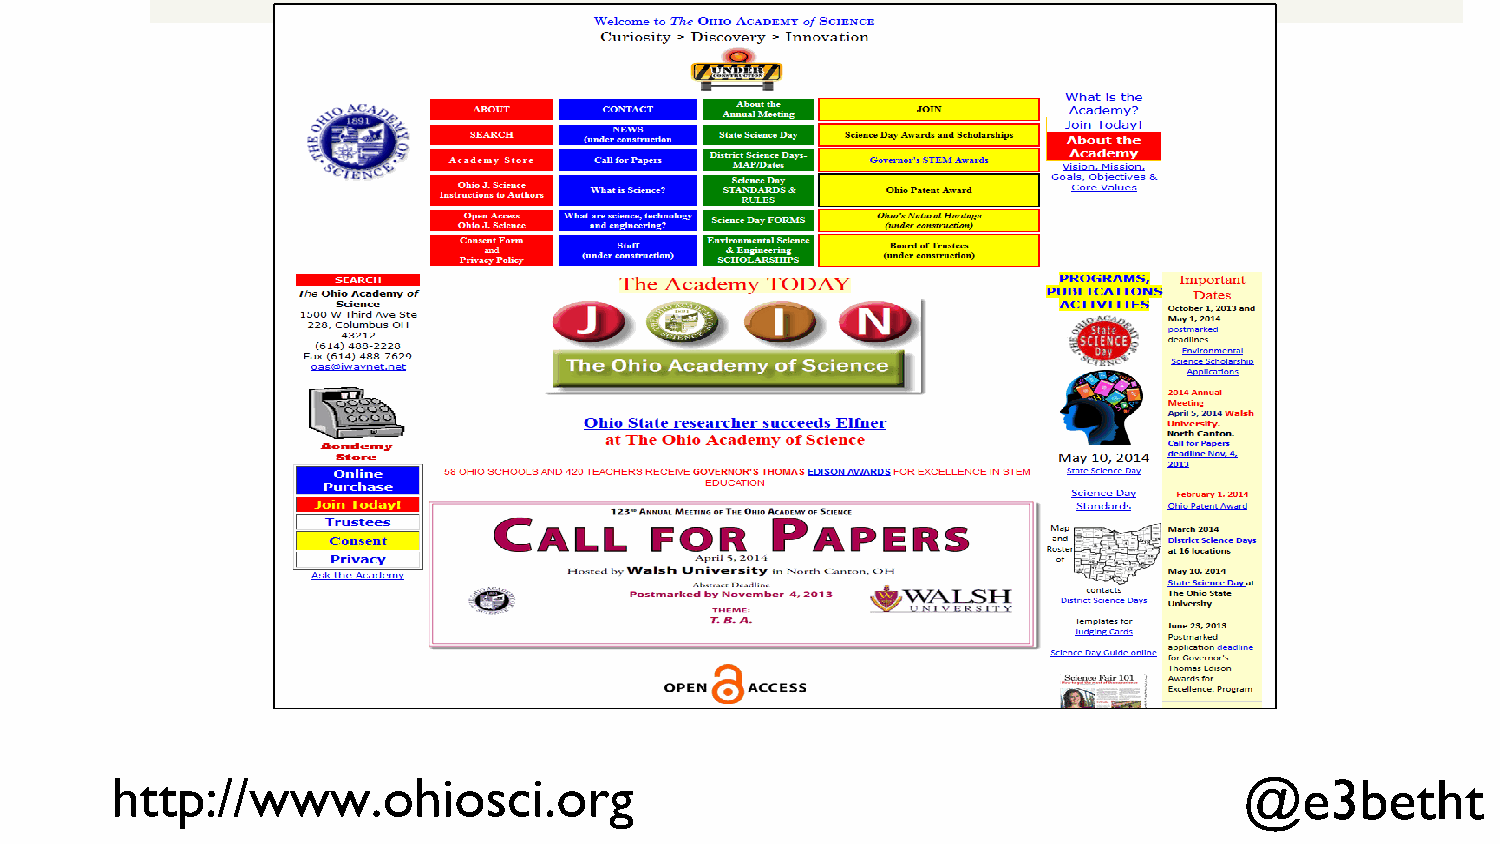
http://www.ohiosci.org                                                     @e3betht